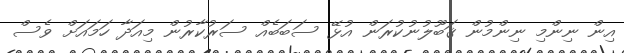
އިން ނިންމި ނިންމުން ޤަބޫލުނުކުރަން އުޅޭ ސަބަބެއް ސަރުކާރުން މިއަދާ ހަމައަށް ވެސް